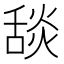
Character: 舕